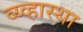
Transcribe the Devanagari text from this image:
व्य्व्हास्था